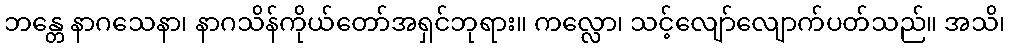
ဘန္တေ နာဂသေနာ၊ နာဂသိန်ကိုယ်တော်အရှင်ဘုရား။ ကလ္လော၊ သင့်လျော်လျောက်ပတ်သည်။ အသိ၊